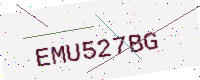
Text: EMU527BG